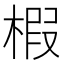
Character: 椵